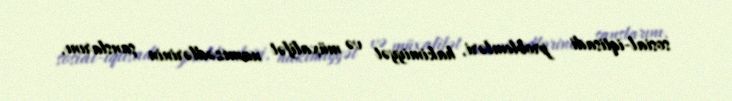
sosial-iqtisadi problemləri, hakimiyyət və müxalifət namizədlərinin şanslarını,